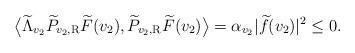
LaTeX: \begin{align*} \big\langle \widetilde \Lambda_{v_2} \widetilde P_{v_2, \rm R} \widetilde F (v_2), \widetilde P_{v_2, \rm R} \widetilde F (v_2) \big\rangle = \alpha_{v_2} |\widetilde f (v_2)|^2 \leq 0.\end{align*}